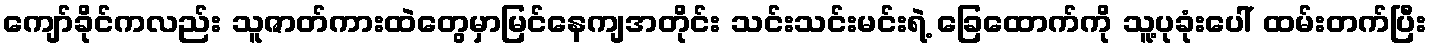
ကျော်ခိုင်ကလည်း သူဇာတ်ကားထဲတွေမှာမြင်နေကျအတိုင်း သင်းသင်းမင်းရဲ့ ခြေထောက်ကို သူ့ပုခုံးပေါ် ထမ်းတက်ပြီး